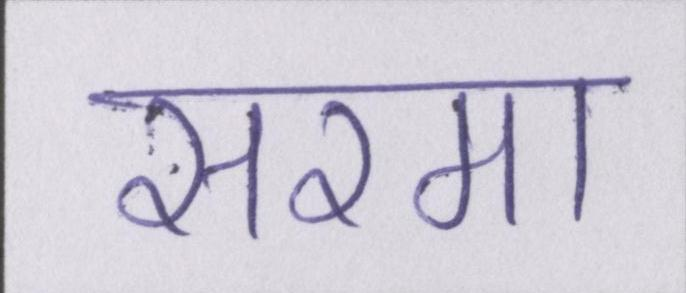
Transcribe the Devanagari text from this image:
सरमा